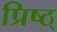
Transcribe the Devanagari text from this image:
प्रिष्ठ्